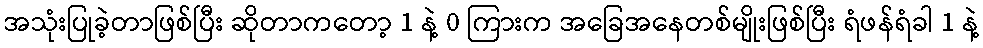
အသုံးပြုခဲ့တာဖြစ်ပြီး ဆိုတာကတော့ 1 နဲ့ 0 ကြားက အခြေအနေတစ်မျိုးဖြစ်ပြီး ရံဖန်ရံခါ 1 နဲ့